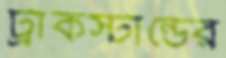
ট্রাকস্টান্ডের